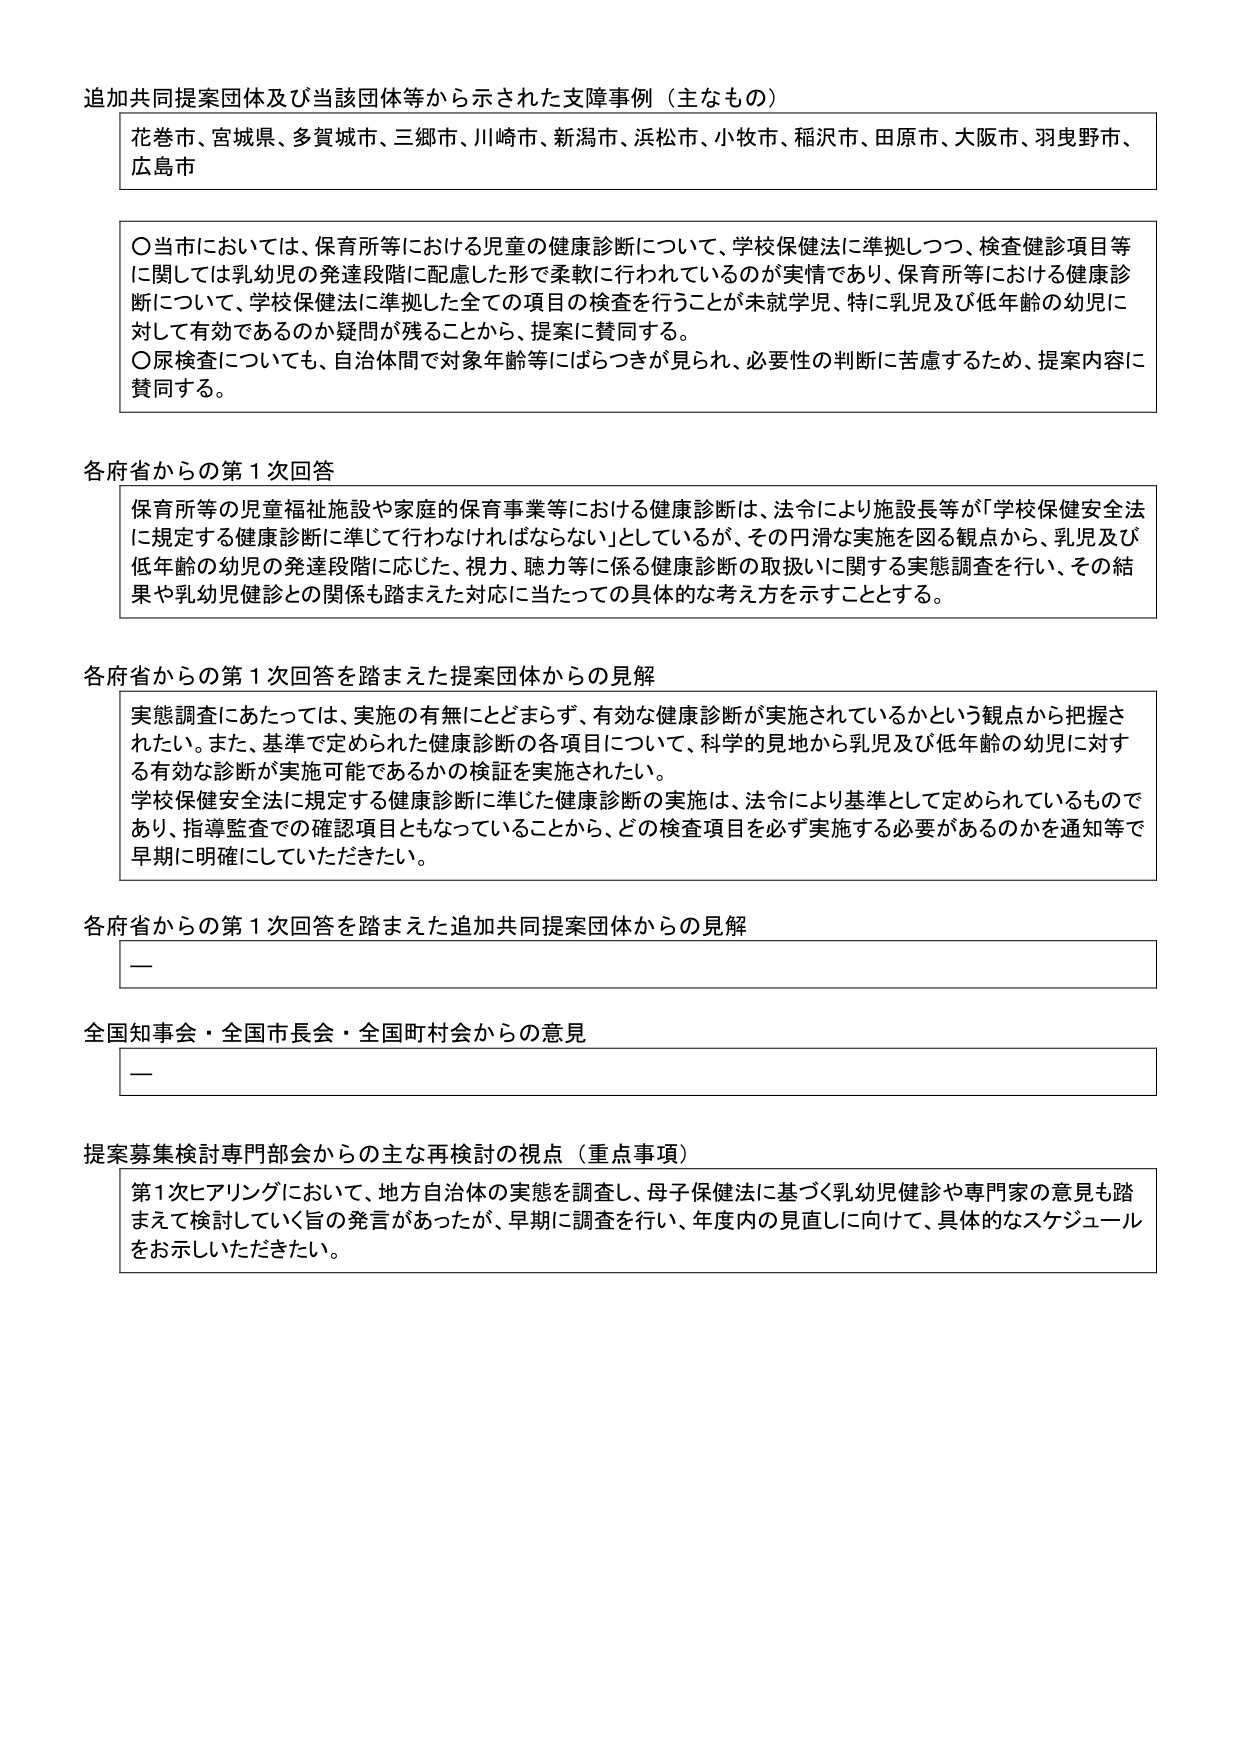
追加共同提案団体及び当該団体等から示された支障事例（主なもの）

花巻市、宮城県、多賀城市、三郷市、川崎市、新潟市、浜松市、小牧市、稲沢市、田原市、大阪市、羽曳野市、広島市

〇当市においては、保育所等における児童の健康診断について、学校保健法に準拠しつつ、検査健診項目等に関しては乳幼児の発達段階に配慮した形で柔軟に行われているのが実情であり、保育所等における健康診断について、学校保健法に準拠した全ての項目の検査を行うことが未就学児、特に乳児及び低年齢の幼児に対して有効であるのか疑問が残ることから、提案に賛同する。
〇尿検査についても、自治体間で対象年齢等にばらつきが見られ、必要性の判断に苦慮するため、提案内容に賛同する。

各府省からの第１次回答

保育所等の児童福祉施設や家庭の保育事業等における健康診断は、法令により施設長等が「学校保健安全法に規定する健康診断に準じて行わなければならない」としているが、その円滑な実施を図る観点から、乳児及び低年齢の幼児の発達段階に応じた、視力、聴力等に係る健康診断の取扱いに関する実態調査を行い、その結果や乳幼児健診との関係も踏まえた対応に当たっての具体的な考え方を示すこととする。

各府省からの第１次回答を踏まえた提案団体からの見解

実態調査にあたっては、実施の有無にとどまらず、有効な健康診断が実施されているかという観点から把握されたい。また、基準で定められた健康診断の各項目について、科学的見地から乳児及び低年齢の幼児に対する有効な診断が実施可能であるかの検証を実施されたい。
学校保健安全法に規定する健康診断に準じた健康診断の実施は、法令により基準として定められているものであり、指導監査での確認項目ともなっていることから、どの検査項目を必ず実施する必要があるのかを通知等で早期に明確にしていただきたい。

各府省からの第１次回答を踏まえた追加共同提案団体からの見解

—

全国知事会・全国市長会・全国町村会からの意見

—

提案募集検討専門部会からの主な再検討の視点（重点事項）

第１次ヒアリングにおいて、地方自治体の実態を調査し、母子保健法に基づく乳幼児健診や専門家の意見も踏まえて検討していく旨の発言があったが、早期に調査を行い、年度内の見直しに向けて、具体的なスケジュールをお示しいただきたい。